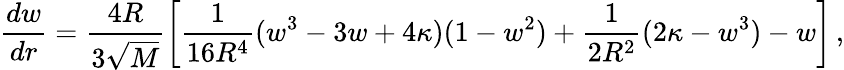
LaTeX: \frac{dw}{dr}=\frac{4R}{3\sqrt{M}}\left[\frac{1}{16R^{4}}(w^{3}-3w+4\kappa)(1-w^{2})+\frac{1}{2R^{2}}(2\kappa-w^{3})-w\right]\, ,